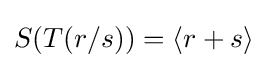
S(T(r/s))=\langle r+s\rangle